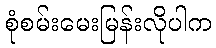
စုံစမ်းမေးမြန်းလိုပါက